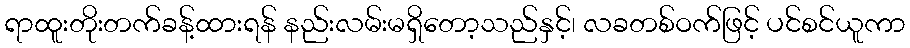
ရာထူးတိုးတက်ခန့်ထားရန် နည်းလမ်းမရှိတော့သည်နှင့်၊ လခတစ်ဝက်ဖြင့် ပင်စင်ယူကာ